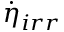
\dot { \eta } _ { i r r }